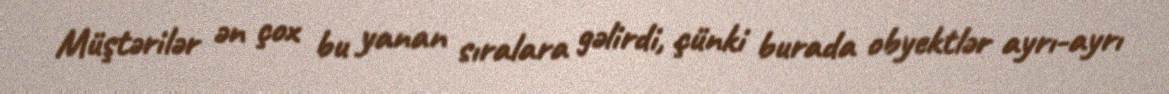
Müştərilər ən çox bu yanan sıralara gəlirdi, çünki burada obyektlər ayrı-ayrı